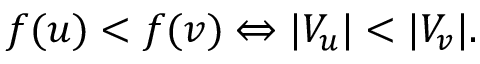
f ( u ) < f ( v ) \Leftrightarrow | V _ { u } | < | V _ { v } | .